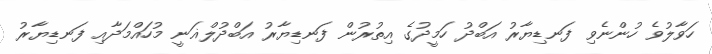
ހަވާލުވެ ހުންނެވި ފަނޑިޔާރު އަބްދު ހަމީދުގެ އިތުރުން ފަނޑިޔާރު އަބްދުލްޣަނީ މުހައްމަދާއި ފަނޑިޔާރު